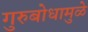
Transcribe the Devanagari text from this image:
गुरुबोधामुळे